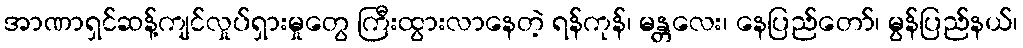
အာဏာရှင်ဆန့်ကျင်လှုပ်ရှားမှုတွေ ကြီးထွားလာနေတဲ့ ရန်ကုန်၊ မန္တလေး၊ နေပြည်တော်၊ မွန်ပြည်နယ်၊